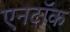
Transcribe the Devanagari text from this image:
एनटॉक